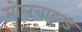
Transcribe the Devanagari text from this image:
सोलचाइल्ड